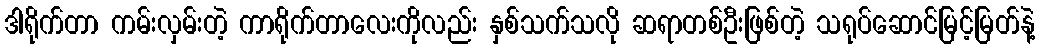
ဒါရိုက်တာ ကမ်းလှမ်းတဲ့ ကာရိုက်တာလေးကိုလည်း နှစ်သက်သလို ဆရာတစ်ဦးဖြစ်တဲ့ သရုပ်ဆောင်မြင့်မြတ်နဲ့